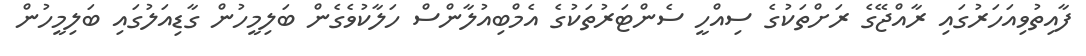
ފާއިތުވިއަހަރުގައި ރާއްޖޭގެ ރަށްތަކުގެ ސިއްހީ ސެންޓަރުތަކުގެ އެމްބިއުލާންސް ހަލާކުވެގެން ބަލިމީހުން ގާޑިއަލުގައި ބަލިމީހުން